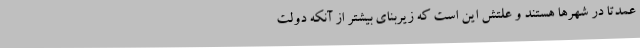
عمدتاً در شهرها هستند و علتش این است که زیربنای بیشتر از آنکه دولت